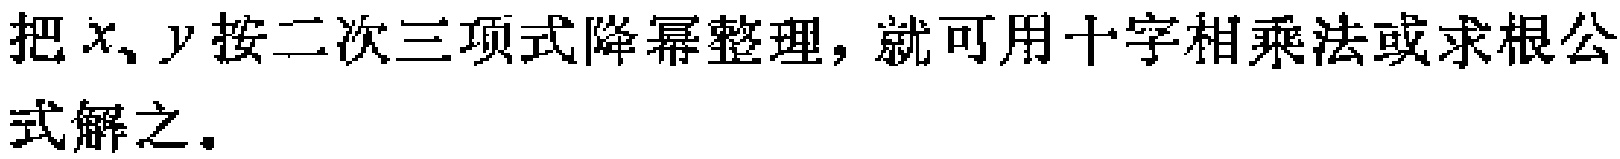
把\(x、y\)按二次三项式降幂整理，就可用十字相乘法或求根公式解之。